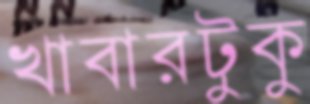
খাবারটুকু